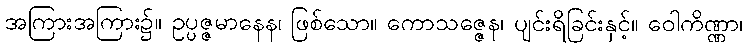
အကြားအကြား၌။ ဥပ္ပဇ္ဇမာနေန၊ ဖြစ်သော။ ကောသဇ္ဇေန၊ ပျင်းရိခြင်းနှင့်။ ဝေါကိဏ္ဏာ၊